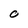
Character: O